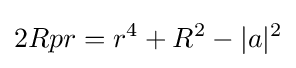
2Rpr=r^{4}+R^{2}-|a|^{2}